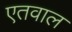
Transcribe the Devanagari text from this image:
एतवाल